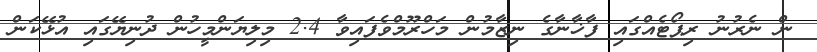
ން ނެރުނު ރިޕޯޓެއްގައި ފާޚާނާގެ ނިޒާމުން މަހްރޫމްވެފައިވާ 2.4 މިލިޔަންމީހުން ދުނިޔޭގައި އުޅޭކަން